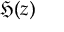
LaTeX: { \mathfrak { H } } ( z )